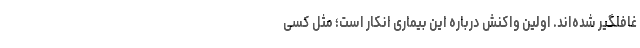
غافلگیر شده‌اند. اولین واکنش درباره این بیماری انکار است؛ مثل کسی